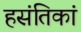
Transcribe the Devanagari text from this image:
हसंतिकां